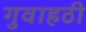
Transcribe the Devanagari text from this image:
गुवाहठी